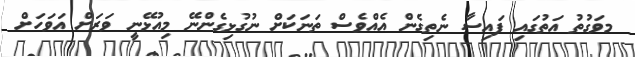
މވަގުތު އަތުގައި ފައިސާ ނެތިގެން އެއްވެސް ތަނަކަށް ނުގުޅިގެންނޭ މިއުޅޭނީ ވަރަށް އަވަހަށް